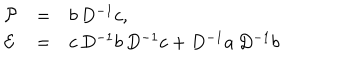
LaTeX: \begin{array} { l l l } { { { \cal P } } } & { { = } } & { { b \, D ^ { - 1 } c , } } \\ { { { \cal E } } } & { { = } } & { { c \, D ^ { - 1 } b \, D ^ { - 1 } c + D ^ { - 1 } a \, D ^ { - 1 } b } } \\ \end{array}